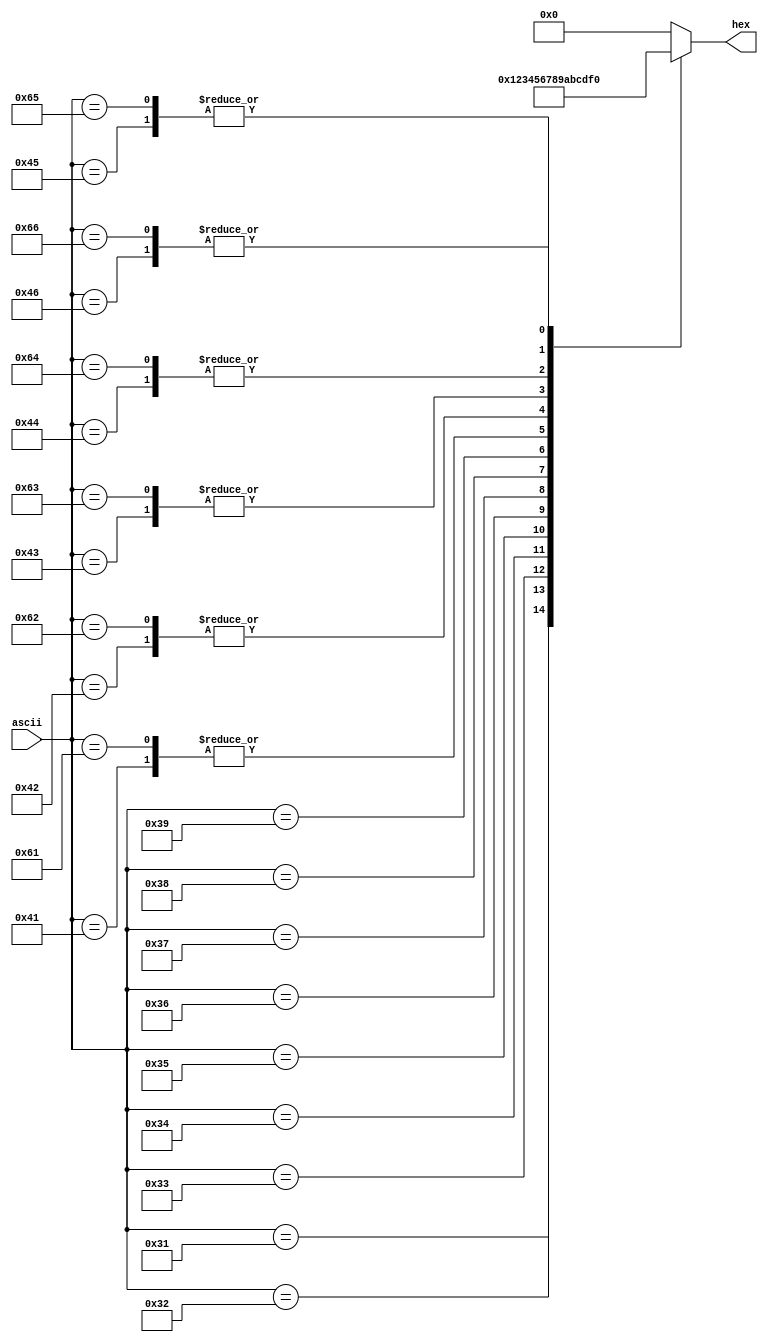
module ascii2hex(
		input [7:0] ascii,
		output reg [3:0] hex);
	
	always @ (ascii) begin
		hex = 0;
		case(ascii)
			8'h30: hex = 4'h0;
			8'h31: hex = 4'h1;
			8'h32: hex = 4'h2;
			8'h33: hex = 4'h3;
			8'h34: hex = 4'h4;
			8'h35: hex = 4'h5;
			8'h36: hex = 4'h6;
			8'h37: hex = 4'h7;
			8'h38: hex = 4'h8;
			8'h39: hex = 4'h9;
			8'h41: hex = 4'ha;
			8'h61: hex = 4'ha;
			8'h42: hex = 4'hb;
			8'h62: hex = 4'hb;
			8'h43: hex = 4'hc;
			8'h63: hex = 4'hc;
			8'h44: hex = 4'hd;
			8'h64: hex = 4'hd;
			8'h45: hex = 4'he;
			8'h65: hex = 4'he;
			8'h46: hex = 4'hf;
			8'h66: hex = 4'hf;
		endcase
	end
	
endmodule